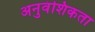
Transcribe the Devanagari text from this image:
अनुवंशिकता